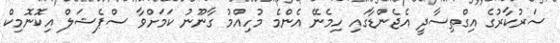
ސަރުކާރުގެ އިގްތިސާދީ އެޖެންޑާގައި ހިމެނޭ އެންމެ މުހިއްމު ގާނޫނު ކަމަށްވާ ސްޕެޝަލް އިކޮނޮމިކް